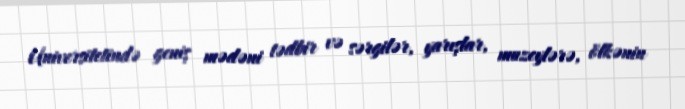
Universitetində geniş mədəni tədbir və sərgilər, yarışlar, muzeylərə, ölkənin